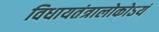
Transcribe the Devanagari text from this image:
विधायतंत्रालोकोऽयं